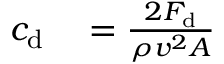
\begin{array} { r l } { c _ { \mathrm { d } } } & { { } = { \frac { 2 F _ { \mathrm { d } } } { \rho v ^ { 2 } A } } } \end{array}